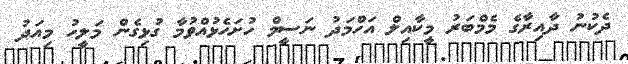
ދެކުނު ދާއިރާގެ މެމްބަރު މީކާއިލް އަހްމަދު ނަސީމް ހުށަހެޅުއްވުމާ ގުޅިގެން މަލީހު މިއަދު